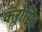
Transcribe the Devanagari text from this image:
करोमि।